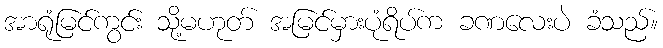
အာရုံမြင်ကွင်း သို့မဟုတ် အမြင်မှားပုံရိပ်က ခဏလေးပဲ ခံသည်။